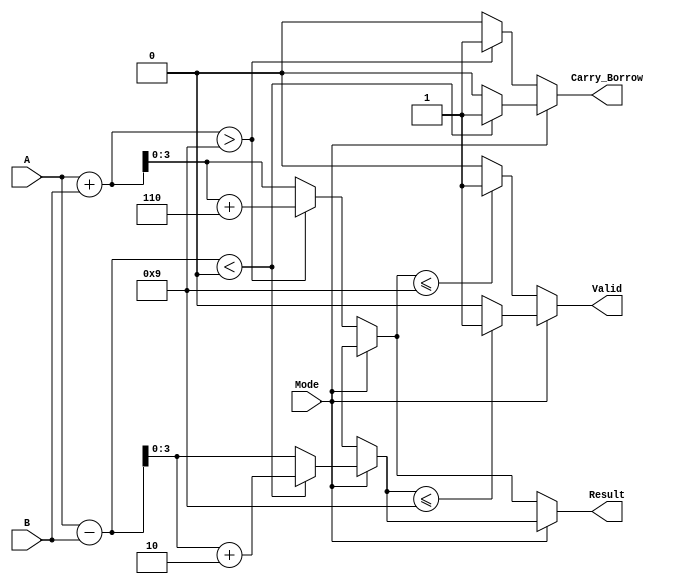
module bcd_add_subtractor (
    input  wire [3:0] A,        // First BCD operand
    input  wire [3:0] B,        // Second BCD operand
    input  wire Mode,           // Mode selection: 0 for addition, 1 for subtraction
    output reg  [3:0] Result,   // BCD result of the operation
    output reg  Carry_Borrow,   // Carry out or Borrow
    output reg  Valid           // Valid output signal
);

    wire [4:0] sum;             // 5-bit sum for addition
    wire [4:0] diff;            // 5-bit diff for subtraction
    wire [4:0] corrected_sum;   // Corrected sum for BCD addition
    wire [4:0] corrected_diff;  // Corrected diff for BCD subtraction

    // BCD Adder
    assign sum = A + B;
    assign corrected_sum = sum + 5'b00110; // Add correction factor for BCD

    // BCD Subtractor (using two's complement)
    assign diff = A - B;
    assign corrected_diff = diff + 5'b00010; // Add correction factor for borrow (if needed)

    always @(*) begin
        // Default outputs
        Result = 4'b0000;
        Carry_Borrow = 1'b0;
        Valid = 1'b0;

        if (Mode == 1'b0) begin // Addition
            if (sum > 4'b1001) begin // Check if sum exceeds 9
                Result = corrected_sum[3:0]; // Use corrected sum
                Carry_Borrow = 1'b1; // Set carry flag
            end else begin
                Result = sum[3:0]; // No correction needed
                Carry_Borrow = 1'b0; // No carry
            end
            
            // Check for valid BCD
            Valid = (Result <= 4'b1001) ? 1'b1 : 1'b0; // Valid if Result is <= 9
            
        end else begin // Subtraction
            if (diff < 0) begin // Check if result is negative
                Result = corrected_diff[3:0]; // Use corrected diff
                Carry_Borrow = 1'b1; // Set borrow flag
            end else begin
                Result = diff[3:0]; // No correction needed
                Carry_Borrow = 1'b0; // No borrow
            end
            
            // Check for valid BCD
            Valid = (Result <= 4'b1001) ? 1'b1 : 1'b0; // Valid if Result is <= 9
        end
    end
endmodule